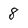
Character: 8